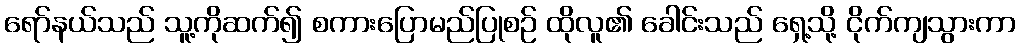
ရော်နယ်သည် သူ့ကိုဆက်၍ စကားပြောမည်ပြုစဉ် ထိုလူ၏ ခေါင်းသည် ရှေ့သို့ ငိုက်ကျသွားကာ